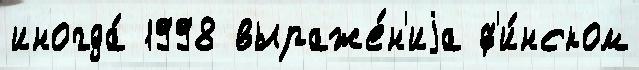
иногда́ 1998 выраже́н'иjа ф'и́нском